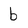
Character: b